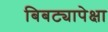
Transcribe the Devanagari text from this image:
बिबट्यापेक्षा